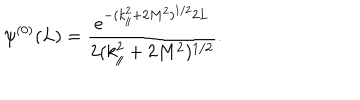
\psi ^ { ( 0 ) } ( L ) = \frac { e ^ { - ( k _ { \| } ^ { 2 } + 2 M ^ { 2 } ) ^ { 1 / 2 } 2 L } } { 2 ( k _ { \| } ^ { 2 } + 2 M ^ { 2 } ) ^ { 1 / 2 } } .